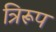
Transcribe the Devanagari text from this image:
त्रिरूप